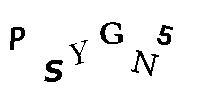
PSYGN5